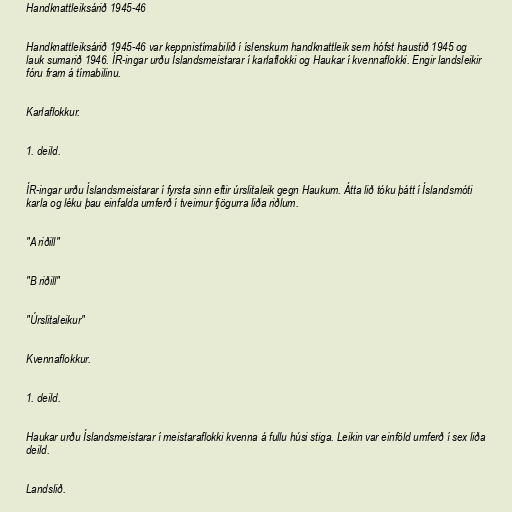
Handknattleiksárið 1945-46

Handknattleiksárið 1945-46 var keppnistímabilið í íslenskum handknattleik sem hófst haustið 1945 og
lauk sumarið 1946. ÍR-ingar urðu Íslandsmeistarar í karlaflokki og Haukar í kvennaflokki. Engir landsleikir
fóru fram á tímabilinu.

Karlaflokkur.

1. deild.

ÍR-ingar urðu Íslandsmeistarar í fyrsta sinn eftir úrslitaleik gegn Haukum. Átta lið tóku þátt í Íslandsmóti
karla og léku þau einfalda umferð í tveimur fjögurra liða riðlum.

"A riðill"

"B riðill"

"Úrslitaleikur"

Kvennaflokkur.

1. deild.

Haukar urðu Íslandsmeistarar í meistaraflokki kvenna á fullu húsi stiga. Leikin var einföld umferð í sex liða
deild.

Landslið.